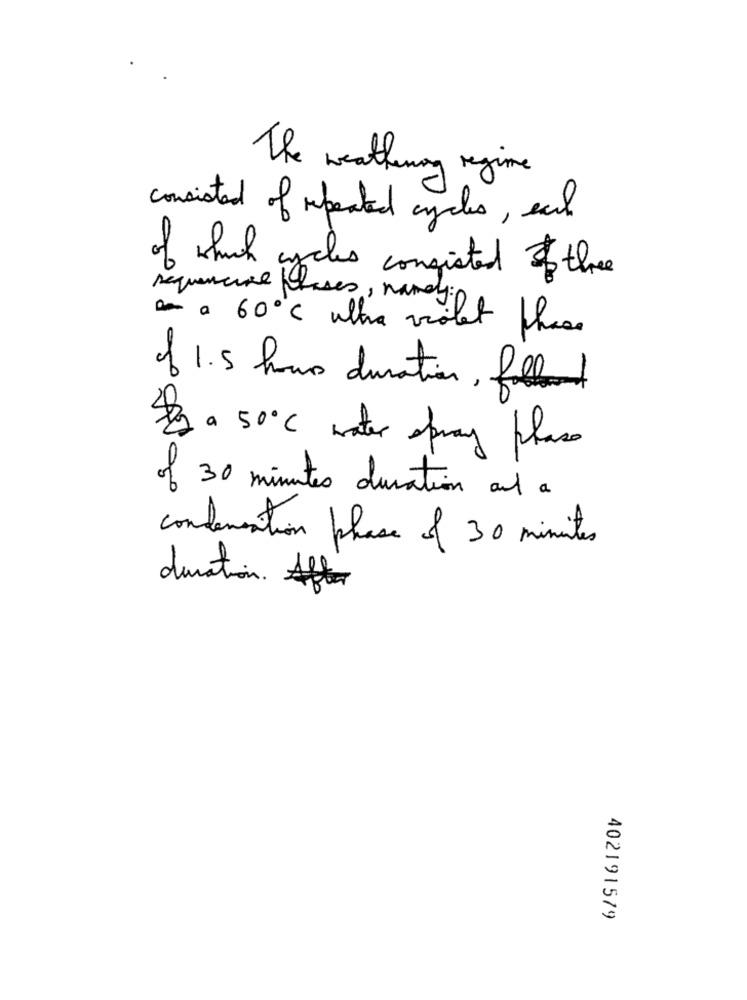
The weathering regime .
consisted of repeated cycles, each
of which cycles consisted & three
sequencial phases , namelyin
a 60 ℃ ultra violet phase
of 1.5 hours duration, filled
a 50℃ water opway phase
of 30 minutes duration and a
condensation phase of 30 minutes
duration. After
402191579